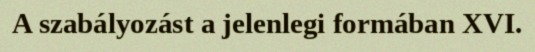
A szabályozást a jelenlegi formában XVI.